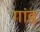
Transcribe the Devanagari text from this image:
गांड